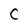
Character: C